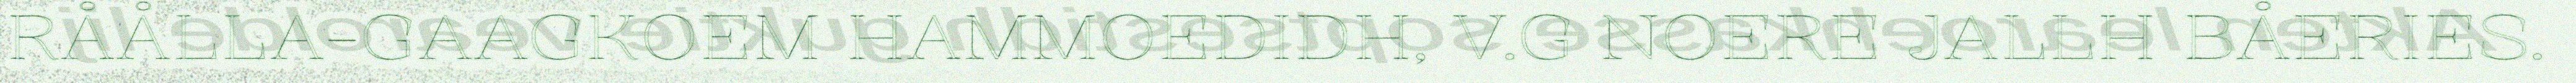
RÅÅLLA-GAAGKOEM HAMMOEDIDH, V.G NOERE JALLH BÅERIES.